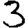
Digit: 3